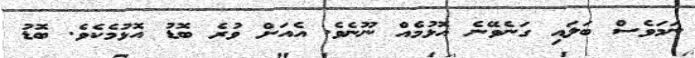
ނަމަވެސް ބަލައި ގަނެވޭނެ އޮޅުމެއް ނޫނެވެ. އެއަށް ވުރެ ބޮޑު އޮޅުމެކެވެ. ބޮޑު